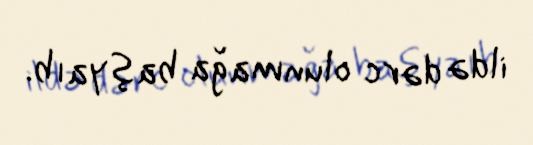
ildə dərc olunmağa başyaıb.